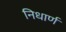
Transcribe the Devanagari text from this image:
निधार्ण